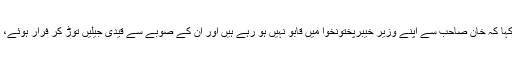
سینیٹر نہال ہاشمی نے کہا کہ خان صاحب سے اپنے وزیر خیبرپختونخوا میں قابو نہیں ہو رہے ہیں اور ان کے صوبے سے قیدی جیلیں توڑ کر فرار ہوئے، ان کی تحقیقات تو کریں۔